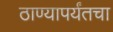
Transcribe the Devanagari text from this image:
ठाण्यापर्यंतचा